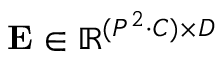
\mathbf { E } \in \mathbb { R } ^ { ( P ^ { 2 } \cdot C ) \times D }